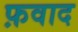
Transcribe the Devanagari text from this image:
फ़वाद